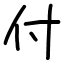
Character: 付